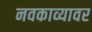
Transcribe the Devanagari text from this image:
नवकाव्यावर